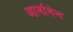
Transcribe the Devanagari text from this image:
आर्मामेन्ट